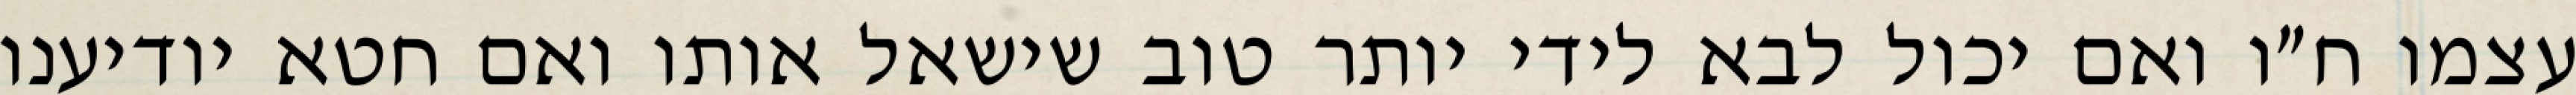
עצמו ח״ו ואם יכול לבא לידי יותר טוב שישאל אותו ואם חטא יודיענו